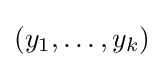
(y_{1},\dots ,y_{k})